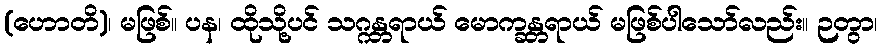
(ဟောတိ)၊ မဖြစ်။ ပန၊ ထိုသို့ပင် သဂ္ဂန္တရာယ် မောက္ခန္တရာယ် မဖြစ်ပါသော်လည်း။ ဉတွာ၊